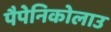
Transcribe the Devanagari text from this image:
पैपेनिकोलाउ